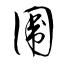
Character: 圍